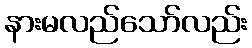
နားမလည်သော်လည်း